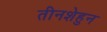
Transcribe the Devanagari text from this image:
तीनशेहुन